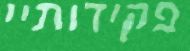
פקידותיי